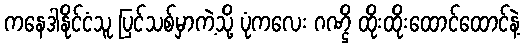
ကနေဒါနိုင်ငံသူ ပြင်သစ်မှာကဲ့သို့ ပုံကလေး ဂဏ္ဌိ ထိုးထိုးထောင်ထောင်နဲ့